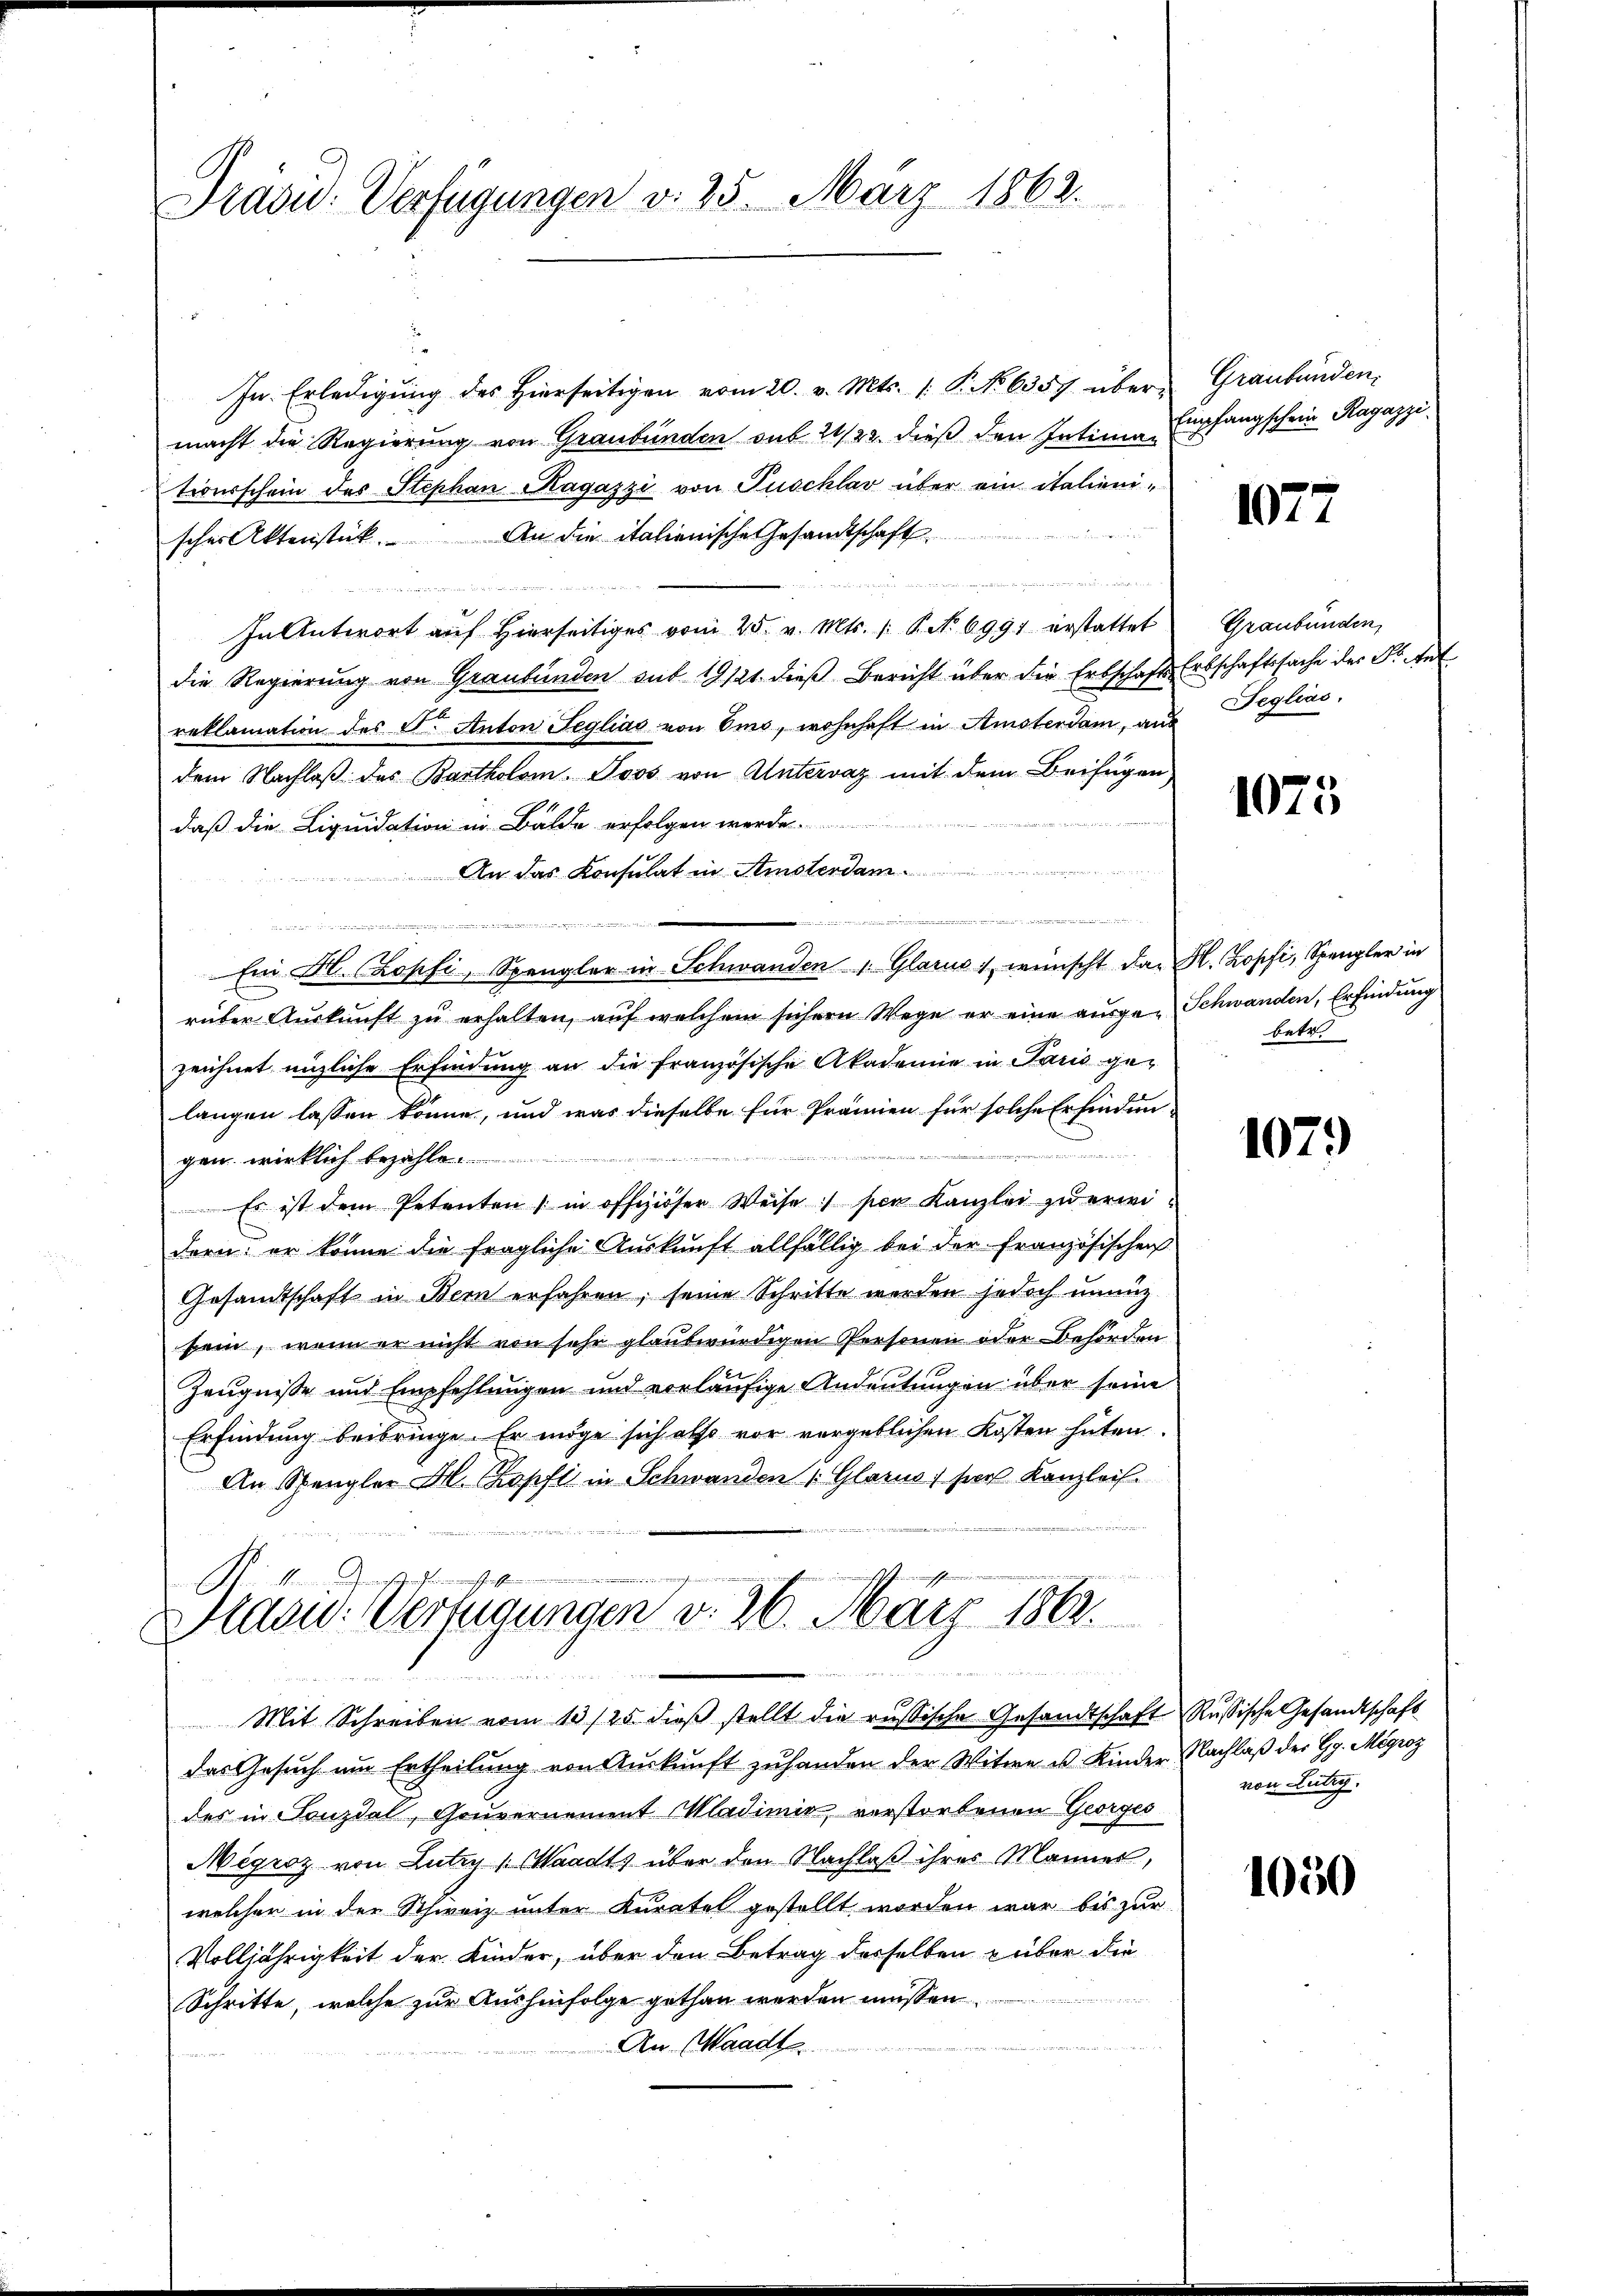
Präsid. Verfügungen v. 25. März 1862.

In Erledigŭng des hierseitigen vom 20. v. Mts. 1. P. No 6357 über Graubünden,
macht die Regierung von Graubünden sub 21/22. dieß den Intima Empfangschein Ragazzi
tionsschein des Stephan Ragazzi von Puschlav über ein italienischer Aktenstück. An die italienische Gesandtschaft

In Antwort auf Hierseitiges vom 25. v. Mts. /: P. Nr. 699 erstattet
die Regierung von Graubünden sub 19121. dieß Bericht über die Erbschafts Erbschaftssache der Dr. Ant
reklamation des F. Anton Seglias von Emo, wohnhaft in Amsterdam, aus Deglias,
dem Nachlaß des Bartholom. Soos von Untervaz mit dem Beifügen
daß die Liquidation in Bälde erfolgen werden.
An das Konsulat in Amsterdam
Ein H. Kopfi, Spengler in Schwanden 1. Glarus & wünscht das N. Zopfi, Spengler in
rüber Auskunft zu erhalten, auf welchem sichern Wege er eine ausge-Schwanden, Erfindung
zeichnet entliche Erfindung an die französische Akademie in Paris gelangen lassen könne, und was dieselbe für Prämien für solche Erfinden-

gen wirklich bezahle
Es ist dem Petenten in offiziöser Weise per Kanzlei zŭ erwei-
dern: er könne die fragliche Auskunft allfällig bei der Französischen
Gesandtschaft in Bern erfahren, seine Schritte werden jedoch unnüz
sein, wenn er nicht von sehr glaubwürdigen Personen oder Behörden
21
Zeugnisse und Empfehlungen und vorläufige Andeutungen über seine
Erfindung beibringe. Er möge sich also vor vergeblichen Kosten hüten
An Spengler Al. Kopft in Schwanden Glarus, ser Kanzleis
nechsene
e in einscheinun
No. 1

..  ..  ..

Mlau. Verfügungen d. 26. März 1862.
1

Mit Schreiben vom 13/25. dieß stellt die russische Gesandtschaft Russische Gesandtschaft
das Gesuch um Ertheilung von Auskunft zuhanden der Witwe u. Kinder Nachlaß der Gg Mégroz
des in Fonzdal, Gouvernement Wladimie, verstorbenen Georges
Mégroz von Lutry v. Waadts über den Nachlaß ihres Mannes,
welcher in der Schweiz unter Kuratel gestellt worden war bis zur
Volljährigkeit der Kinder, über den Betrag derselben über die
Schritte, welche zur Aushinfolge gethan werden müssen.
An Waadt

1077

Graubünden,

1075

betr.

1079

von Lutry.

1050